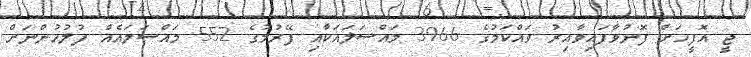
ޖީ އޮފީހަށް ފޮނުވާފައިވާއިރު ވައްކަމުގެ 3966 މައްސަލައަކާއި ފޭރުމުގެ 552 މައްސަލައެއް ފުލުހުންނަށް